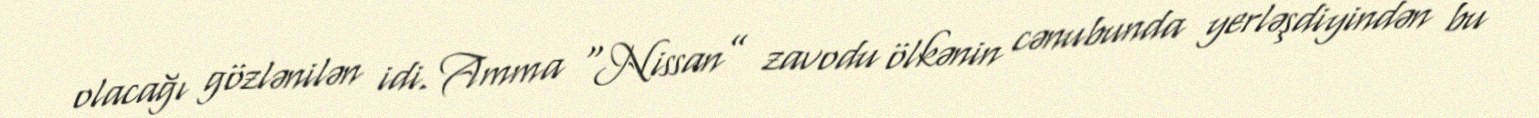
olacağı gözlənilən idi. Amma “Nissan” zavodu ölkənin cənubunda yerləşdiyindən bu